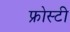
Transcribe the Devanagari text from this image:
फ्रोस्टी